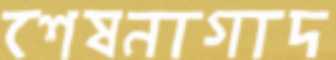
শেষনাগাদ